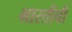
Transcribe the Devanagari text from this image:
भारतीची